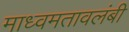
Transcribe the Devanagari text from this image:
माध्वमतावलंबी